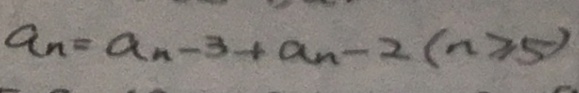
a _ { n } = a _ { n } - 3 + a _ { n } - 2 ( n \geq 5 )